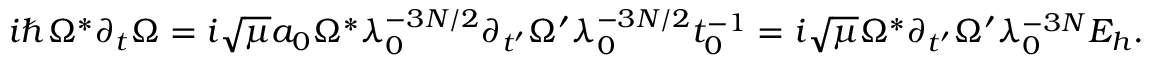
\begin{array} { r } { i \hbar \Omega ^ { * } \partial _ { t } \Omega = i \sqrt { \mu } a _ { 0 } \Omega ^ { * } \lambda _ { 0 } ^ { - 3 N / 2 } \partial _ { t ^ { \prime } } \Omega ^ { \prime } \lambda _ { 0 } ^ { - 3 N / 2 } t _ { 0 } ^ { - 1 } = i \sqrt { \mu } \Omega ^ { * } \partial _ { t ^ { \prime } } \Omega ^ { \prime } \lambda _ { 0 } ^ { - 3 N } E _ { h } . } \end{array}